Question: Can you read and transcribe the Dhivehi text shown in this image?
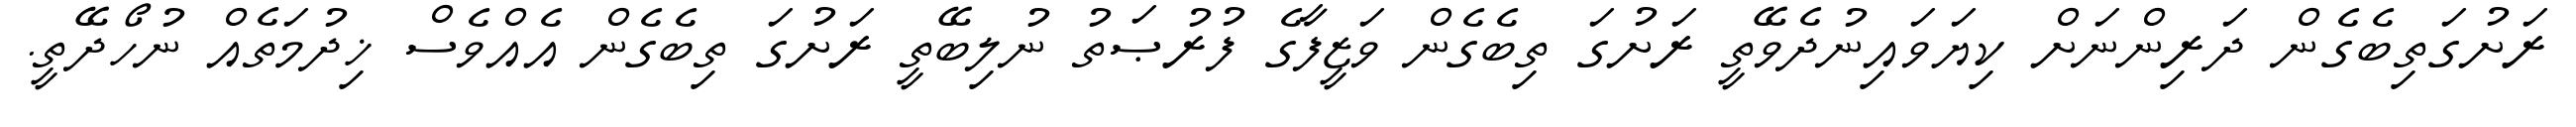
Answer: ރަށުގަތިބެގެން ދަރިންނަށް ކިޔަވައިނުދެވޭތީ ރަށުގަ ތިބެގެން ވަޒީފާގެ ފުރުޞަތު ނުލިބޭތީ ރަށުގަ ތިބެގެން އެއްވެސް ޚިދުމަތެއް ނުހޯދޭތީ.